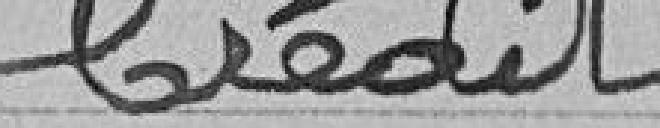
Crédit